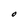
Character: O